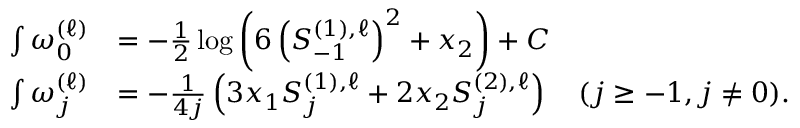
\begin{array} { r l } { \int \omega _ { 0 } ^ { ( \ell ) } } & { = - \frac { 1 } { 2 } \log \left( 6 \left( S _ { - 1 } ^ { ( 1 ) , \ell } \right) ^ { 2 } + x _ { 2 } \right) + C } \\ { \int \omega _ { j } ^ { ( \ell ) } } & { = - \frac { 1 } { 4 j } \left( 3 x _ { 1 } S _ { j } ^ { ( 1 ) , \ell } + 2 x _ { 2 } S _ { j } ^ { ( 2 ) , \ell } \right) \quad ( j \geq - 1 , j \neq 0 ) . } \end{array}